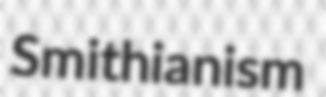
Smithianism